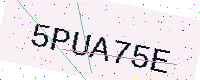
Text: 5PUA75E